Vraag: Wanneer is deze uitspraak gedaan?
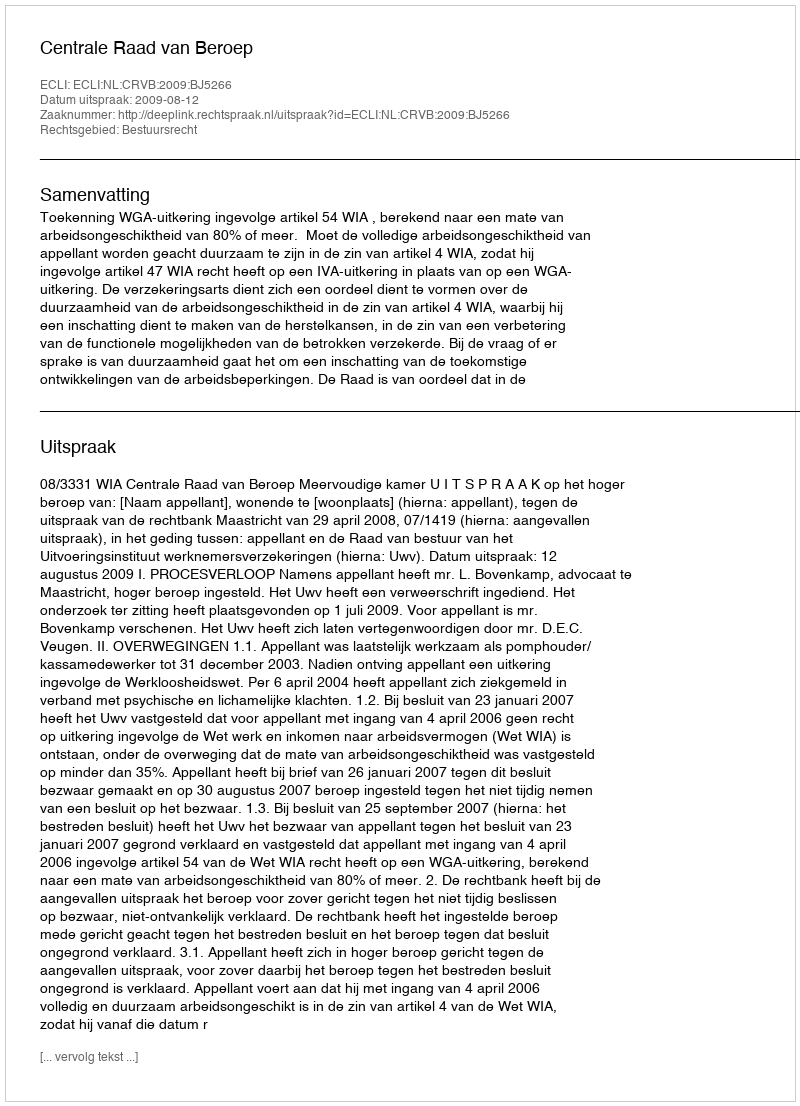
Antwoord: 2009-08-12